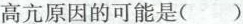
高亢原因的可能是()